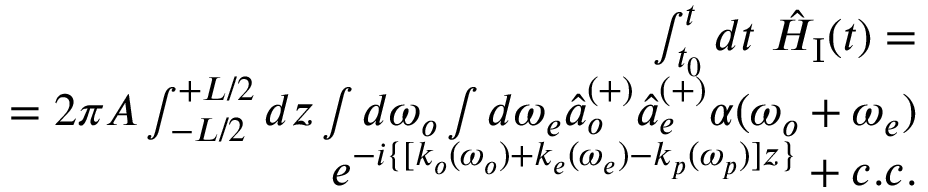
\begin{array} { r } { \int _ { t _ { 0 } } ^ { t } d t ~ \hat { H } _ { \mathrm { I } } ( t ) = } \\ { = 2 \pi A \int _ { - L / 2 } ^ { + L / 2 } d z \int d \omega _ { o } \int d \omega _ { e } \hat { a } _ { o } ^ { ( + ) } \hat { a } _ { e } ^ { ( + ) } \alpha ( \omega _ { o } + \omega _ { e } ) } \\ { e ^ { - i \{ [ k _ { o } ( \omega _ { o } ) + k _ { e } ( \omega _ { e } ) - k _ { p } ( \omega _ { p } ) ] z \} } + c . c . } \end{array}